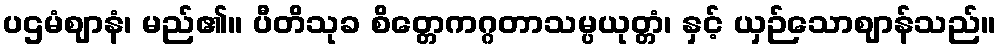
ပဌမံဈာနံ၊ မည်၏။ ပီတိသုခ စိတ္တေကဂ္ဂတာသမ္ပယုတ္တံ၊ နှင့် ယှဉ်သောဈာန်သည်။